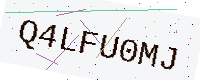
Text: Q4LFU0MJ